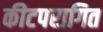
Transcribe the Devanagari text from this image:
कीटपरागित